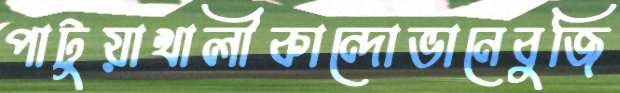
পাটুয়াখালীকান্দোভানেবুজি